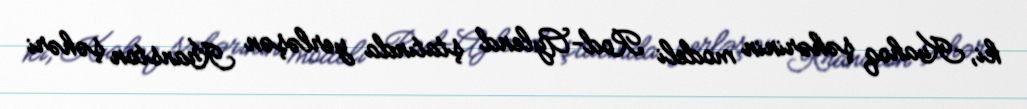
ki, Kuahoq şəhərinin modeli Rod-Aylend ştatında yerləşən Kranston şəhəri